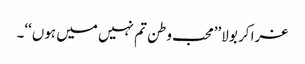
غرا کر بولا’’محب وطن تم نہیں میں ہوں‘‘۔